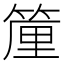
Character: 𱸑